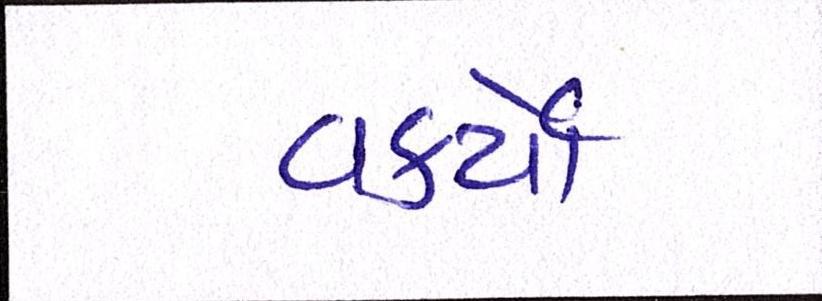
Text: વકર્યો